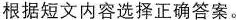
根据短文内容选择正确答案。